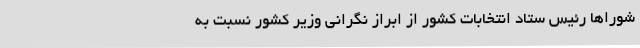
شورا‌ها رئیس ستاد انتخابات کشور از ابراز نگرانی وزیر کشور نسبت به